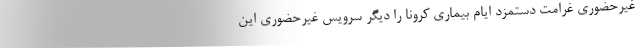
غیرحضوری غرامت دستمزد ایام بیماری کرونا را دیگر سرویس غیرحضوری این